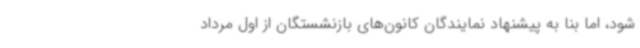
شود، اما بنا به پیشنهاد نمایندگان کانون‌های بازنشستگان از اول مرداد